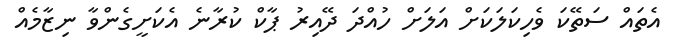
އެތައް ސަތޭކަ ވެހިކަލަކަށް އަލަށް ހުއްދަ ދޭއިރު ޕާކް ކުރާނެ އެކަށީގެންވާ ނިޒާމެއް